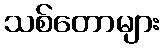
သစ်တောများ